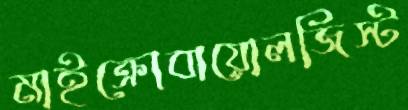
মাইক্রোবায়োলজিস্ট